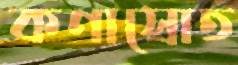
কণাস্রোত